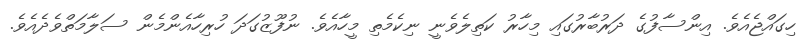
ހިގައްޖެއެވެ. އިންސާފުގެ ދަރުބާރުގައި މިހާރު ކަތިލެވެނީ ނިކެމެތި މީހާއެވެ. ނުފޫޒުގަދަ ހުރިހާއެންމެން ސަލާމަތްވެދެއެވެ.